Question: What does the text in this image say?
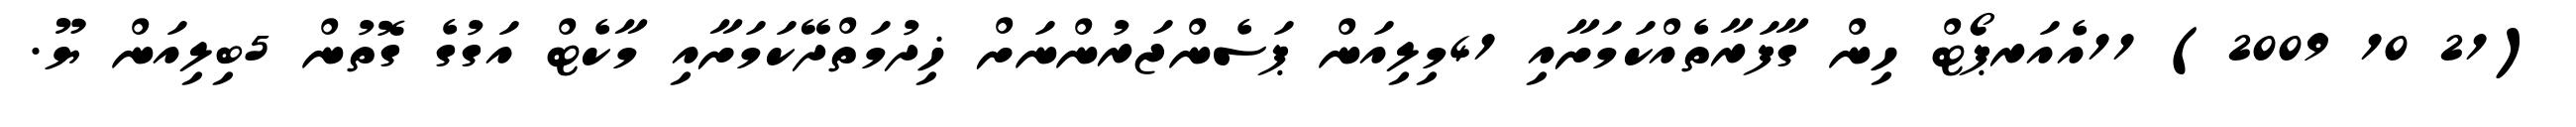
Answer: (21 10 2009) 11އެއަރޕޯޓް ހިން ގާފަރާތެއްކަމަށާއި 41މިލިއަން ޕަސެންޖަރުންނަށް ޚިދުމަތްދޭކަމަށާއި މާކެޓް އަގުގެ ގޮތުން 5ބިލިއަން ޔޫ.